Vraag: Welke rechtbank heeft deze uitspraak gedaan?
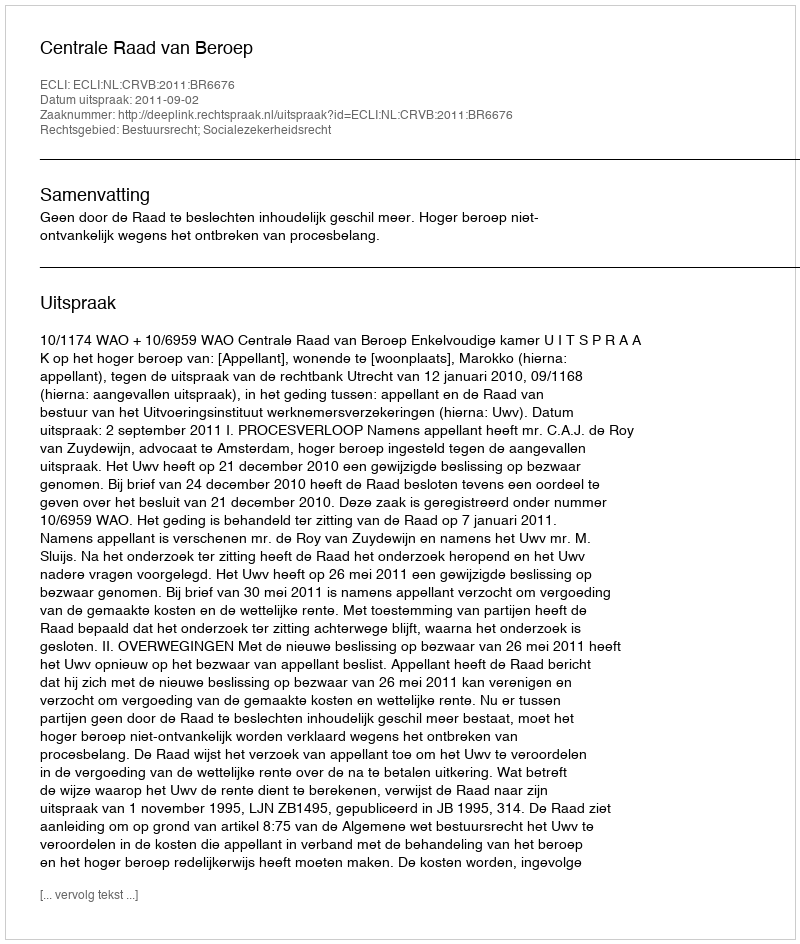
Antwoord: Centrale Raad van Beroep